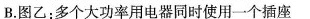
B.图乙：多个大功率用电器同时使用一个插座